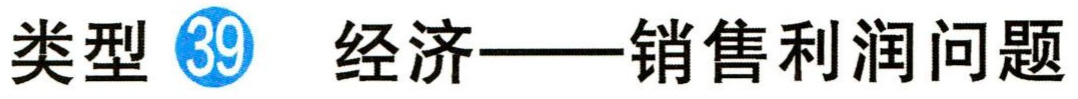
类型 \textcircled{39} 经济——销售利润问题